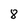
Character: 8